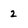
Character: 2